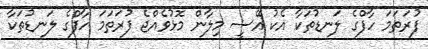
ފުރަތަމަ ހާފްގެ ލަނޑުތަކާ އެކު އޭސީ މިލާން މޮޅުވެއްޖެ ފުރަތަމަ ހާފްގެ ލަނޑުތަކާ